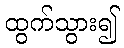
ထွက်သွား၍